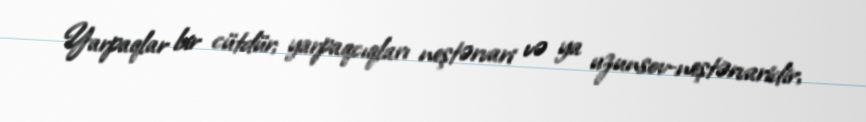
Yarpaqlar bir cütdür; yarpaqcıqları neştərvari və ya uzunsov-neştərvaridir,